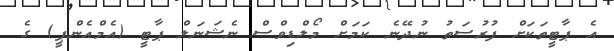
އެ ޕާޓީތަކަށް ފުރުސަތު ނުދޭނެ ކަަމަށް މޯލްޑިވްސް ނެޝަނަލް ޕާޓީ (އެމްއެންޕީ) ގެ